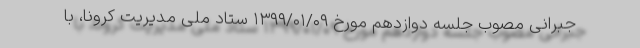
جبرانی مصوب جلسه دوازدهم مورخ ۱۳۹۹/۰۱/۰۹ ستاد ملی مدیریت کرونا، با